画像に写った文字を読んでください
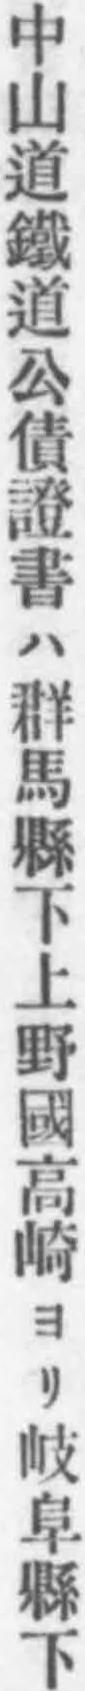
「中山道鐵道公債證書ハ群馬縣下上野國高崎ヨリ岐阜縣下」と書いてあります